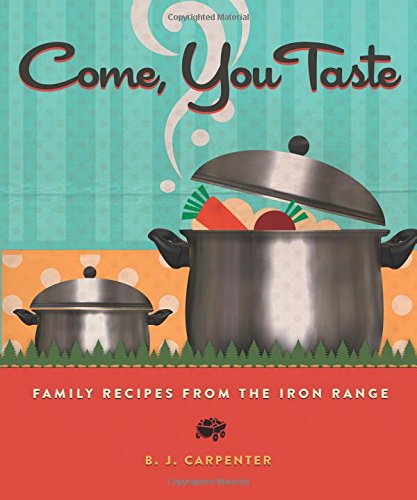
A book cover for Come, You Taste: Family Recipes from the Iron Range; B. J. Carpenter; Cookbooks, Food & Wine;